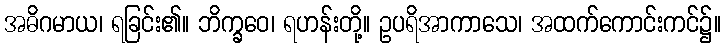
အဓိဂမာယ၊ ရခြင်း၏။ ဘိက္ခဝေ၊ ရဟန်းတို့။ ဥပရိအာကာသေ၊ အထက်ကောင်းကင်၌။